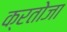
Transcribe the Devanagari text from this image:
क्रतोजा